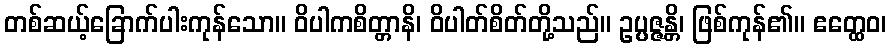
တစ်ဆယ့်ခြောက်ပါးကုန်သော။ ဝိပါကစိတ္တာနိ၊ ဝိပါတ်စိတ်တို့သည်။ ဥပ္ပဇ္ဇန္တိ၊ ဖြစ်ကုန်၏။ ဧတ္ထေဝ၊